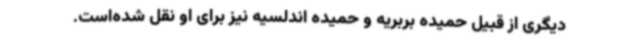
دیگری از قبیل حمیده بربریه و حمیده اندلسیه نیز برای او نقل شده‌است.